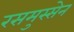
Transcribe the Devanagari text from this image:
रसमुस्सेन